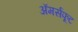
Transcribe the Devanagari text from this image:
अॅमर्सफूट